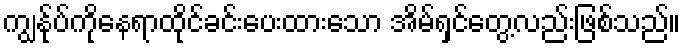
ကျွန်ုပ်ကိုနေရာထိုင်ခင်းပေးထားသော အိမ်ရှင်တွေ့လည်းဖြစ်သည်။